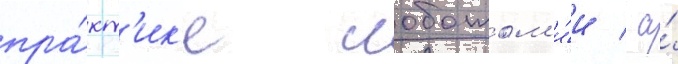
пра́кт'ик'е лоботом'и́и / а́